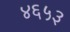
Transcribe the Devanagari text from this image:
४६५३